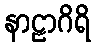
နာဠာဂိရိ